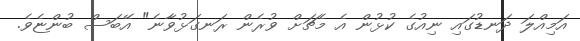
އަމިއްލަ ދަނޑުގައި ނިއުގެ ކުޅުން އެ މެޗަށް ވުރެން ރަނގަޅުވާނެ" އޭބަސް ބުންޏެވެ.